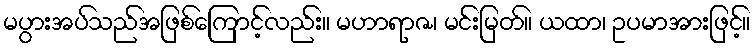
မပွားအပ်သည်အဖြစ်ကြောင့်လည်း။ မဟာရာဇ၊ မင်းမြတ်။ ယထာ၊ ဥပမာအားဖြင့်။